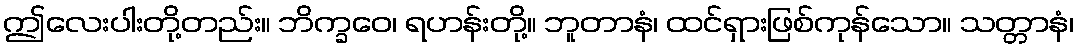
ဤလေးပါးတို့တည်း။ ဘိက္ခဝေ၊ ရဟန်းတို့။ ဘူတာနံ၊ ထင်ရှားဖြစ်ကုန်သော။ သတ္တာနံ၊